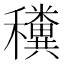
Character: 䆏